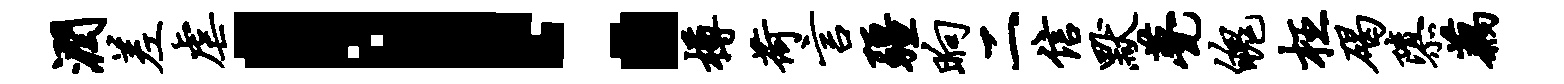
润差虐！樽荷言疆晌二信默甍魄枉碣隳藕